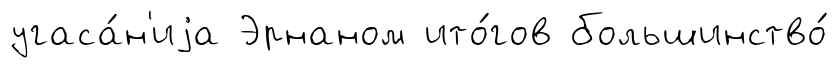
угаса́н'иjа Эрнаном ито́гов большинство́